On kala azar, malaria and malarial cachexia - Number 19
Disease focus: Malaria
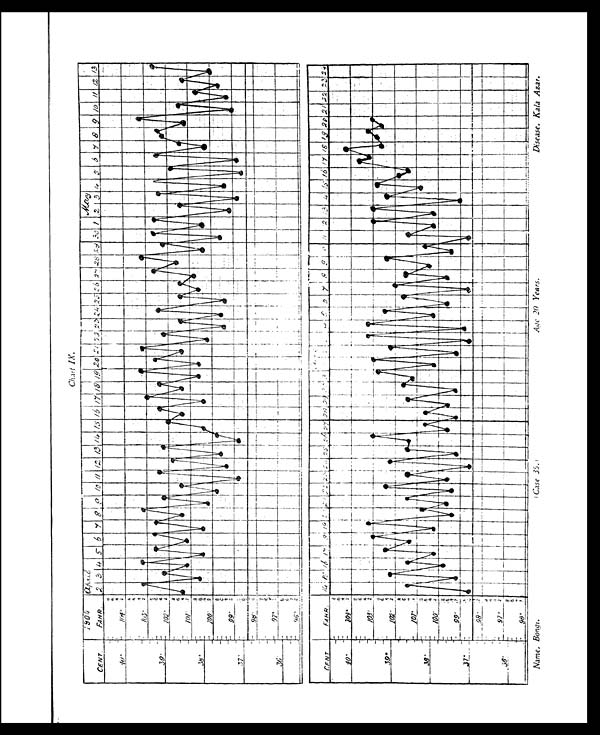
Name, Bongi.
(Case 35.)
Age 20 Years.
Disease, Kala Azar.
Chart IX.